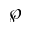
\wp